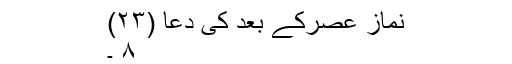
نماز عصرکے بعد کی دعا (۲۳)
۸ ۔